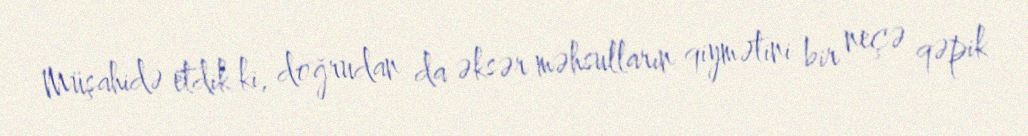
Müşahidə etdik ki, doğrudan da əksər məhsulların qiymətini bir neçə qəpik